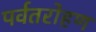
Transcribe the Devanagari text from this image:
पर्वतरोहण